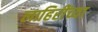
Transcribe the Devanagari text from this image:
लाहिरींच्या